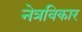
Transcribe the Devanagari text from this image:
नेत्रविकार